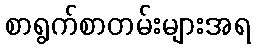
စာရွက်စာတမ်းများအရ